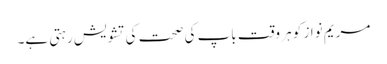
مریم نواز کو ہر وقت باپ کی صحت کی تشویش رہتی ہے۔